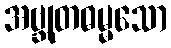
အဗ္ဘုတဓမ္မသော